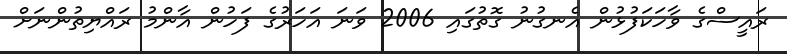
ރައީސްގެ ވާހަކަފުޅުން އެނގުނު ގޮތުގައި 2006 ވަނަ އަހަރުގެ ފަހުން އާންމު ރައްޔިތުންނަށް